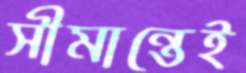
সীমান্তেই